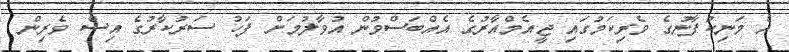
އެ މަނިކުފާނުގެ ވެރިކަމުގައި ޖީއެމްއާރުގެ އެއްބަސްވުން އުވާލުމަށް ފަހު ސަރުކާރުގެ އިސް ވެރިން